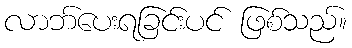
လာဘ်ပေးရခြင်းပင် ဖြစ်သည်။